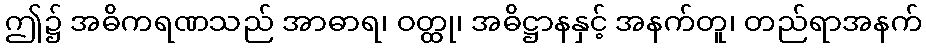
ဤ၌ အဓိကရဏသည် အာဓာရ၊ ဝတ္ထု၊ အဓိဋ္ဌာနနှင့် အနက်တူ၊ တည်ရာအနက်